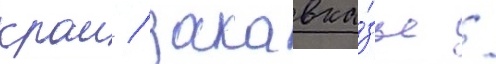
краи / закавка́зье /